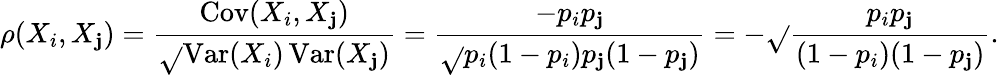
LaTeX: \rho(X_{i},X_{\mathbf{j}})={\frac{{\operatorname{Cov}(X_{i},X_{\mathbf{j}})}}{{\sqrt{}{{\operatorname{Var}(X_{i})\operatorname{Var}(X_{\mathbf{j}})}}}}}={\frac{{-p_{i}p_{\mathbf{j}}}}{{\sqrt{}{{p_{i}(1-p_{i})p_{\mathbf{j}}(1-p_{\mathbf{j}})}}}}}=-{\sqrt{}{{\frac{{p_{i}p_{\mathbf{j}}}}{{(1-p_{i})(1-p_{\mathbf{j}})}}}}}.